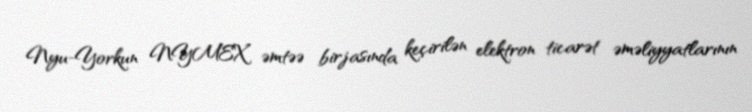
Nyu-Yorkun NYMEX əmtəə birjasında keçirilən elektron ticarət əməliyyatlarının